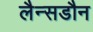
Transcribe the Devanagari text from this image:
लैन्सडौन